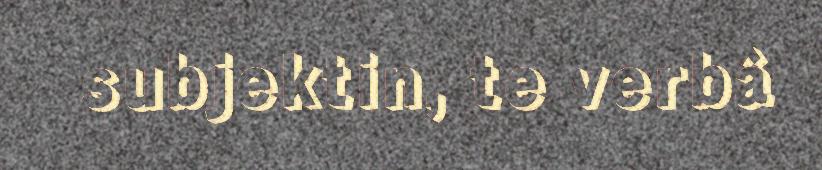
subjektin, te verbâ